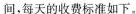
间，每天的收费标准如下。